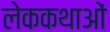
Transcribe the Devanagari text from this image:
लेककथाओं